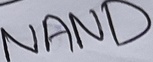
Text: NAND